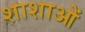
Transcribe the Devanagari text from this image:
शाशाओं